Report of the Imperial Institute of Veterinary Research, Muktesar
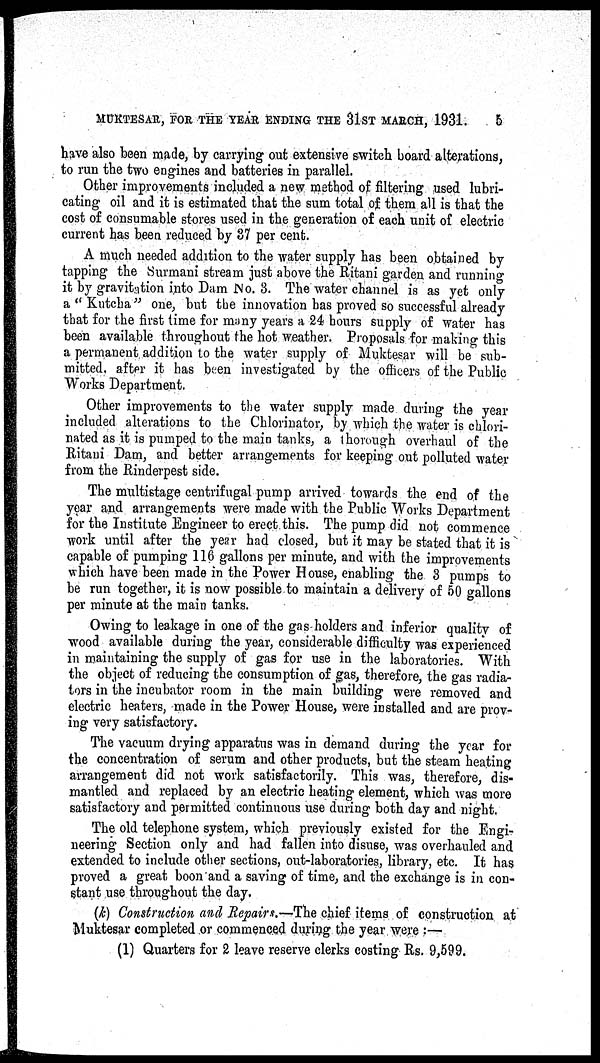
MUKTESAR, FOR THE YEAR ENDING THE 31ST MARCH, 1931.
5
have also been made, by carrying out extensive switch board alterations,
to run the two engines and batteries in parallel.
Other improvements included a new method of filtering used lubri-
cating oil and it is estimated that the sum total of them all is that the
cost of consumable stores used in the generation of each unit of electric
current has been reduced by 37 per cent.
A much needed addition to the water supply has been obtained by
tapping the Surmani stream just above the Ritani garden and running
it by gravitation into Dam No. 3. The water channel is as yet only
a "Kutcha" one, but the innovation has proved so successful already
that for the first time for many years a 24 hours supply of water has
been available throughout the hot weather. Proposals for making this
a permanent addition to the water supply of Muktesar will be sub-
mitted. after it has been investigated by the officers of the Public
Works Department.
Other improvements to the water supply made during the year
included alterations to the Chlorinator, by which the water is chlori-
nated as it is pumped to the main tanks, a thorough overhaul of the
Ritani Dam, and better arrangements for keeping out polluted water
from the Rinderpest side.
The multistage centrifugal pump arrived towards the end of the
year and arrangements were made with the Public Works Department
for the Institute Engineer to erect this. The pump did not commence
work until after the year had closed, but it may be stated that it is
capable of pumping 116 gallons per minute, and with the improvements
which have been made in the Power House, enabling the 3 pumps to
be run together, it is now possible to maintain a delivery of 50 gallons
per minute at the main tanks.
Owing to leakage in one of the gas holders and inferior quality of
wood available during the year, considerable difficulty was experienced
in maintaining the supply of gas for use in the laboratories. With
the object of reducing the consumption of gas, therefore, the gas radia-
tors in the incubator room in the main building were removed and
electric heaters, made in the Power House, were installed and are prov-
ing very satisfactory.
The vacuum drying apparatus was in demand during the year for
the concentration of serum and other products, but the steam heating
arrangement did not work satisfactorily. This was, therefore, dis-
mantled and replaced by an electric heating element, which was more
satisfactory and permitted continuous use during both day and night.
The old telephone system, which previously existed for the Engi-
neering Section only and had fallen into disuse, was overhauled and
extended to include other sections, out-laboratories, library, etc. It has
proved a great boon and a saving of time, and the exchange is in con-
stant use throughout the day.
(k) Construction and Repairs.—The chief items of construction at
Muktesar completed or commenced during the year were :—
(1) Quarters for 2 leave reserve clerks costing Rs. 9,599.